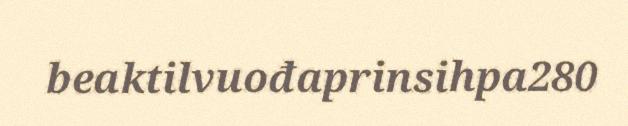
beaktilvuođaprinsihpa280